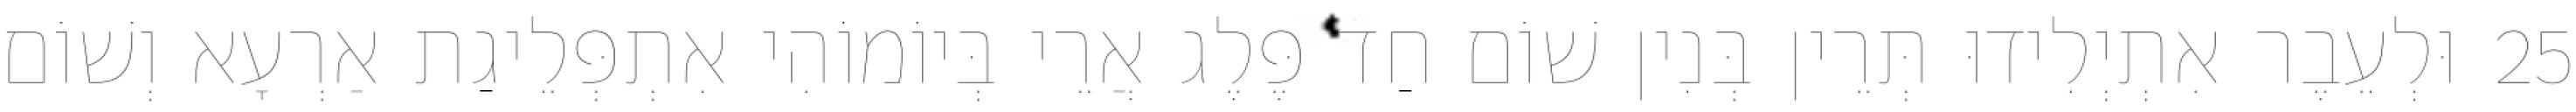
25 וּלְעֵבֶר אִתְיְלִידוּ תְּרֵין בְּנִין שׁוֹם חַד פֶּלֶג אֲרֵי בְּיוֹמוֹהִי אִתְפְּלֵיגַת אַרְעָא וְשׁוֹם